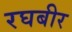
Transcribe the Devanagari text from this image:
रघबीर